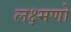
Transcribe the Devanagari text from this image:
लक्ष्मणो